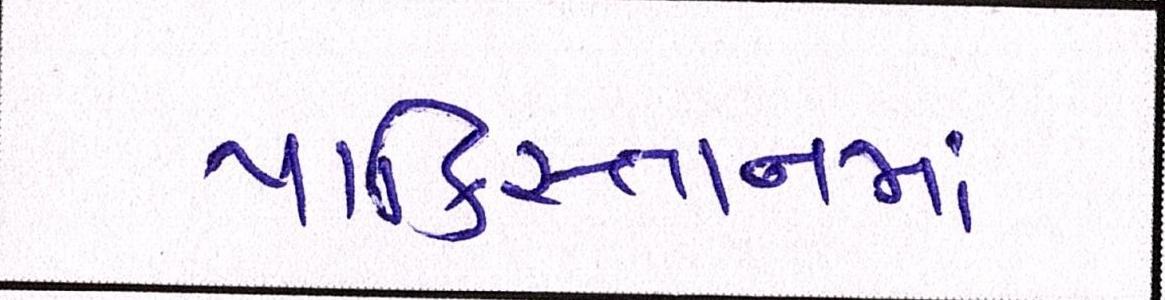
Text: પાકિસ્તાનમાં